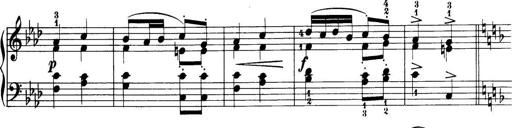
Title: 32 Sonatinas and Rondos for the Piano
Composer: Richard Kleinmichel